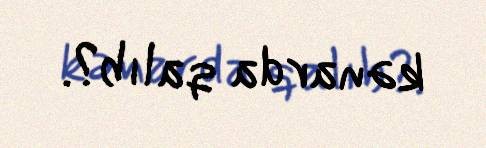
kənarda qalıb?.